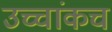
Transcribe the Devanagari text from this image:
उच्चांकच